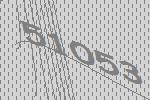
51053